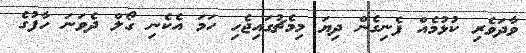
ވާދަވެރި ކުޅުމެއް ފެނިގެން ދިޔަ މިމެޗުގައިޖެހި ހަމަ އެކެނި ގޯލް ދެވަނަ ހާފުގެ